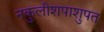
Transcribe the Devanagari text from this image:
नकुलीशपाशुपत